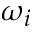
\omega _ { i }